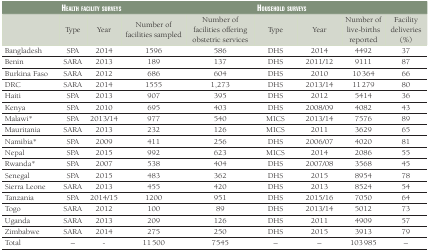
|  | <COLSPAN=4> Health facility surveys | <COLSPAN=4> Household surveys |
 | --- | --- | --- | --- | --- | --- | --- | --- | --- |
 |  | Type | Year | Number of facilities sampled | Number of facilities offering obstetric services | Type | Year | Number of live-births reported | Facility deliveries (%) |
 | Bangladesh | SPA | 2014 | 1596 | 586 | DHS | 2014 | 4492 | 37 |
 | Benin | SARA | 2013 | 189 | 137 | DHS | 2011/12 | 9111 | 87 |
 | Burkina Faso | SARA | 2012 | 686 | 604 | DHS | 2010 | 10 364 | 66 |
 | DRC | SARA | 2014 | 1555 | 1,273 | DHS | 2013/14 | 11 279 | 80 |
 | Haiti | SPA | 2013 | 907 | 395 | DHS | 2012 | 5414 | 36 |
 | Kenya | SPA | 2010 | 695 | 403 | DHS | 2008/09 | 4082 | 43 |
 | Malawi* | SPA | 2013/14 | 977 | 540 | MICS | 2013/14 | 7576 | 89 |
 | Mauritania | SARA | 2013 | 232 | 126 | MICS | 2011 | 3629 | 65 |
 | Namibia* | SPA | 2009 | 411 | 256 | DHS | 2006/07 | 4020 | 81 |
 | Nepal | SPA | 2015 | 992 | 623 | MICS | 2014 | 2086 | 55 |
 | Rwanda* | SPA | 2007 | 538 | 404 | DHS | 2007/08 | 3568 | 45 |
 | Senegal | SPA | 2015 | 483 | 362 | DHS | 2015 | 8954 | 78 |
 | Sierra Leone | SARA | 2013 | 455 | 420 | DHS | 2013 | 8524 | 54 |
 | Tanzania | SPA | 2014/15 | 1200 | 951 | DHS | 2015/16 | 7050 | 64 |
 | Togo | SARA | 2012 | 100 | 89 | DHS | 2013/14 | 5012 | 73 |
 | Uganda | SARA | 2013 | 209 | 126 | DHS | 2011 | 4909 | 57 |
 | Zimbabwe | SARA | 2014 | 275 | 250 | DHS | 2015 | 3913 | 79 |
 | Total | – | - | 11 500 | 7545 | – | – | 103 985 | – |